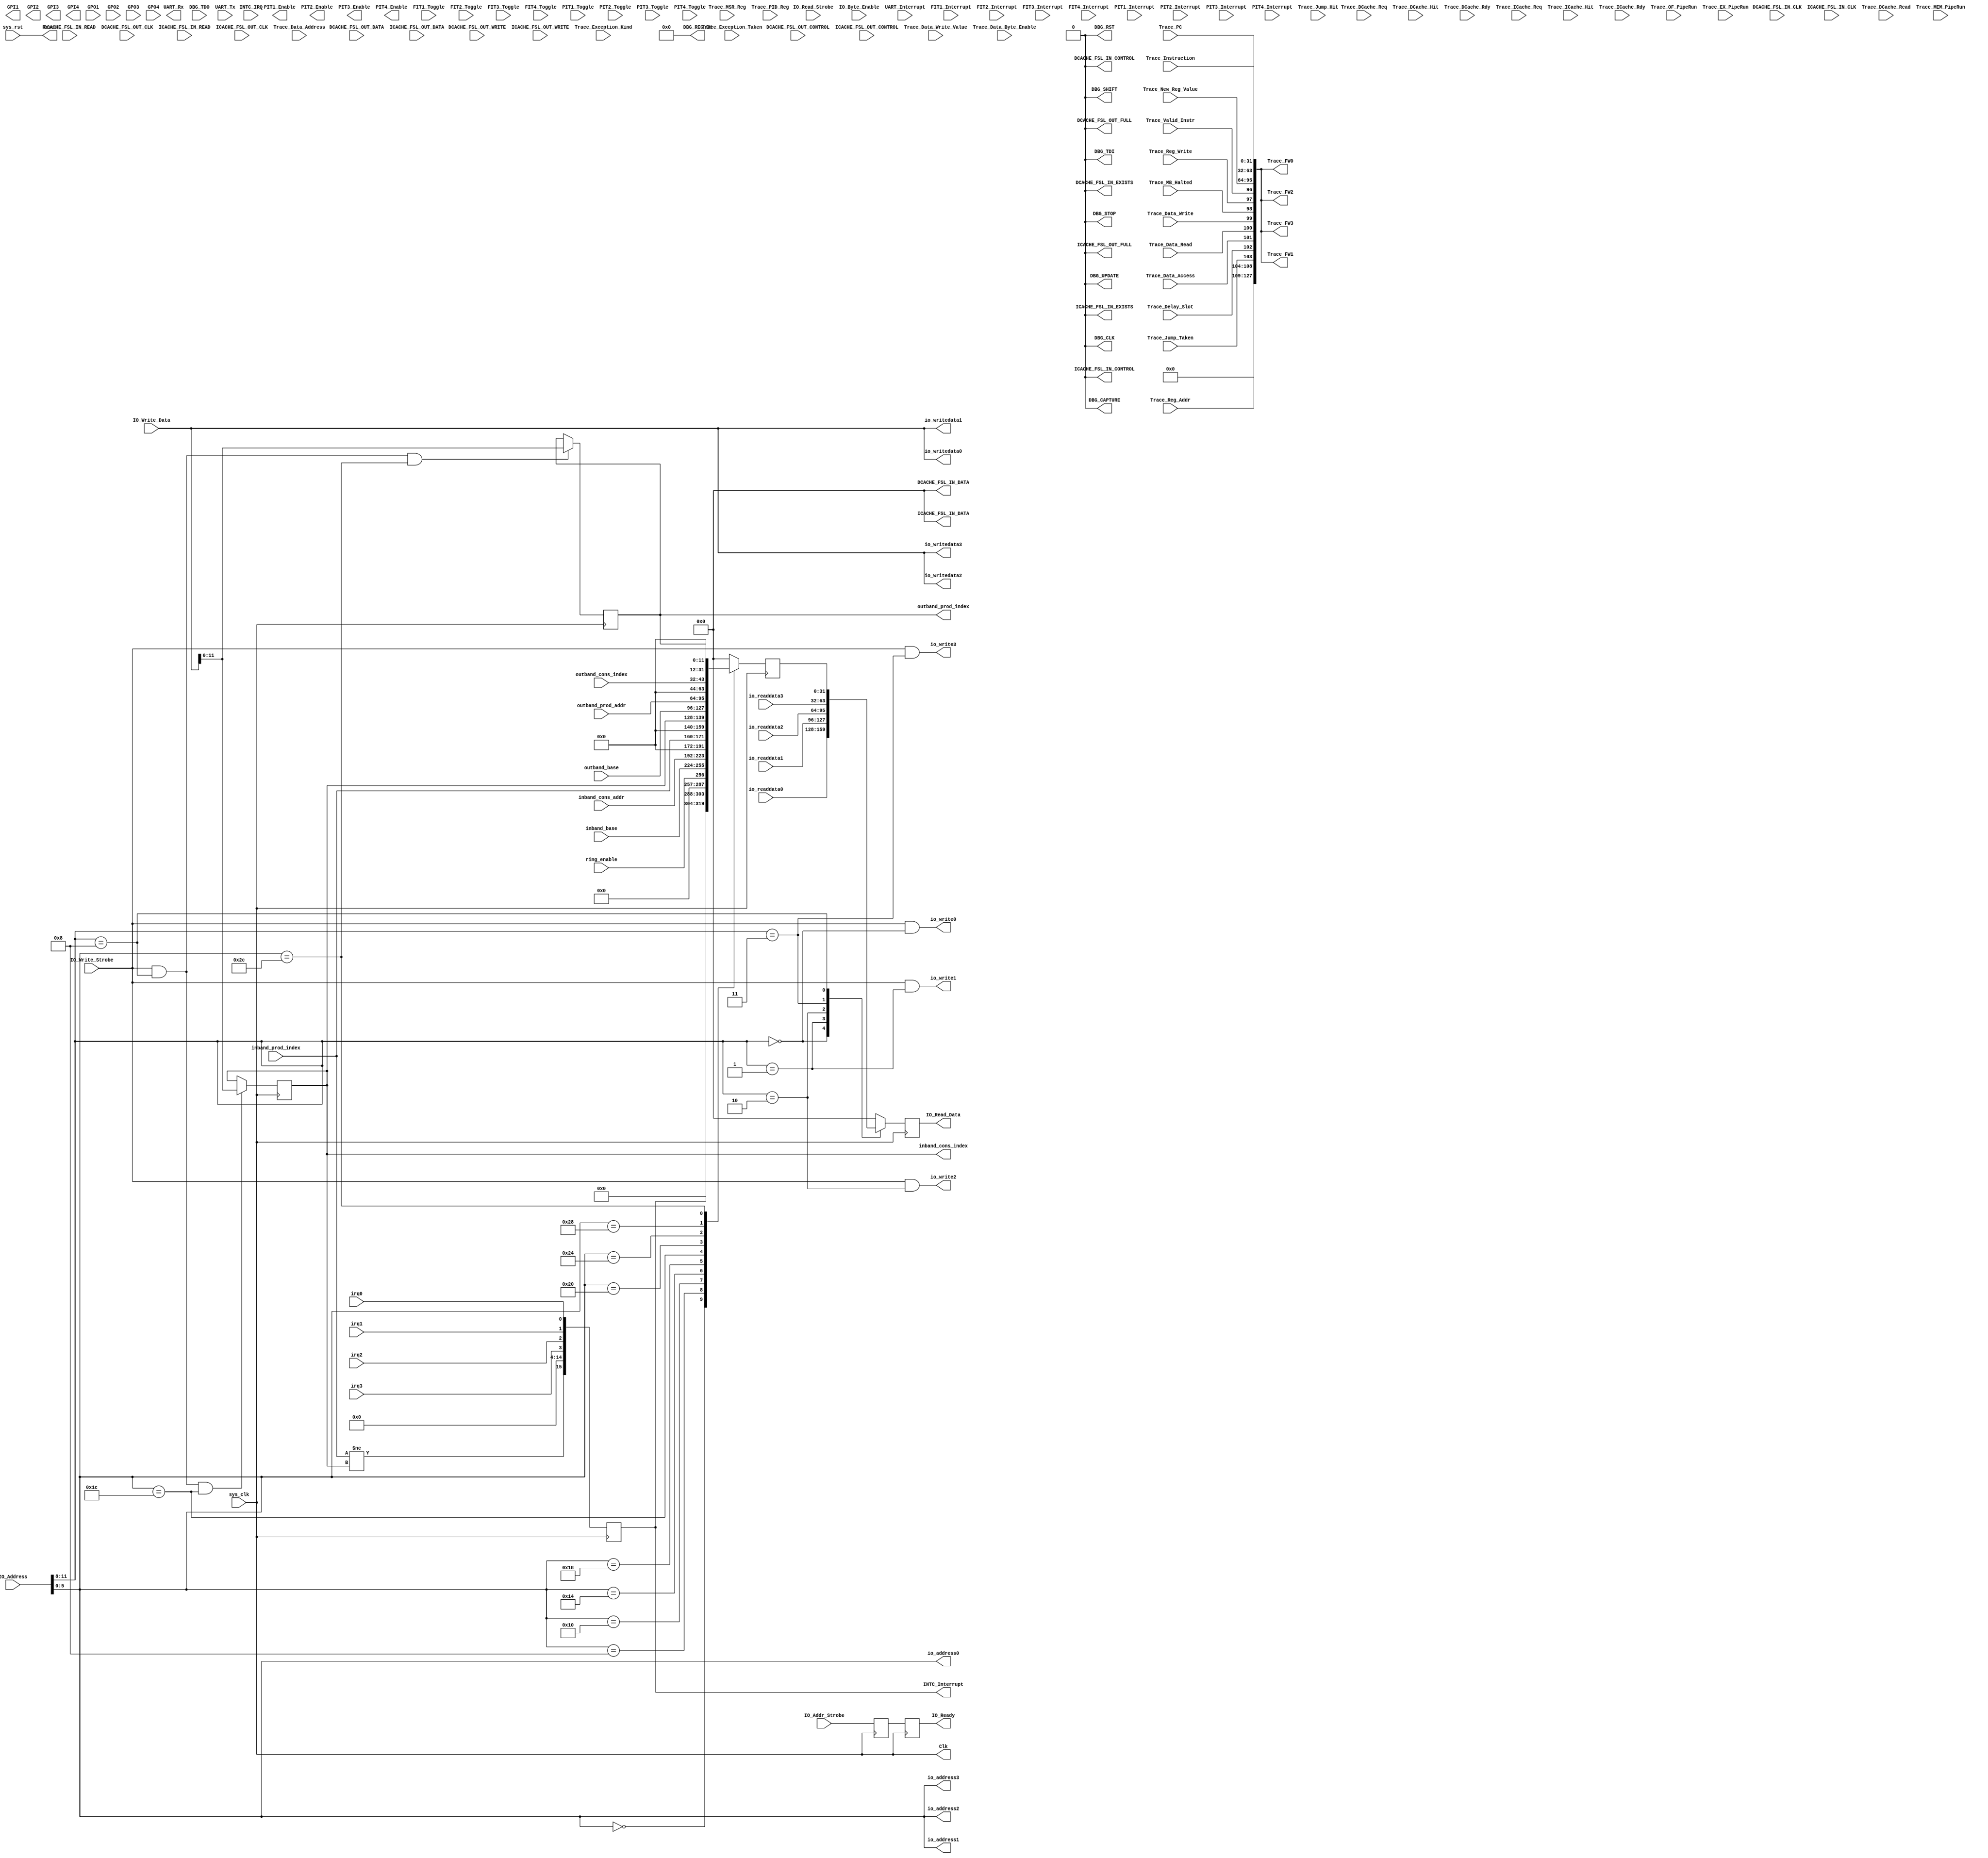
// hs_mb_io.v --- 
// 
// Description: 
// Maintainer: 
// Version: 
// Last-Updated: 
//           By: 
//     Update #: 0
// URL: 
// Keywords: 
// Compatibility: 
// 
// 

// Commentary: 
// 
// 
// 
// 

// Change log:
// 
// 
// 

// Copyright (C) 2008,2009 Beijing Soul tech.
// -------------------------------------
// Naming Conventions:
// 	active low signals                 : "*_n"
// 	clock signals                      : "clk", "clk_div#", "clk_#x"
// 	reset signals                      : "rst", "rst_n"
// 	generics                           : "C_*"
// 	user defined types                 : "*_TYPE"
// 	state machine next state           : "*_ns"
// 	state machine current state        : "*_cs"
// 	combinatorial signals              : "*_com"
// 	pipelined or register delay signals: "*_d#"
// 	counter signals                    : "*cnt*"
// 	clock enable signals               : "*_ce"
// 	internal version of output port    : "*_i"
// 	device pins                        : "*_pin"
// 	ports                              : - Names begin with Uppercase
// Code:
module hs_mb_io (/*AUTOARG*/
   // Outputs
   DBG_CAPTURE, DBG_CLK, DBG_REG_EN, DBG_RST, DBG_SHIFT, DBG_TDI,
   DBG_UPDATE, DBG_STOP, DCACHE_FSL_IN_DATA, DCACHE_FSL_IN_CONTROL,
   DCACHE_FSL_IN_EXISTS, DCACHE_FSL_OUT_FULL, ICACHE_FSL_IN_DATA,
   ICACHE_FSL_IN_CONTROL, ICACHE_FSL_IN_EXISTS, ICACHE_FSL_OUT_FULL,
   IO_Read_Data, IO_Ready, GPI1, GPI2, GPI3, GPI4, INTC_Interrupt,
   UART_Rx, PIT1_Enable, PIT2_Enable, PIT3_Enable, PIT4_Enable, Clk,
   Reset, io_address0, io_address1, io_address2, io_address3,
   io_write0, io_write1, io_write2, io_write3, io_writedata0,
   io_writedata1, io_writedata2, io_writedata3, inband_cons_index,
   outband_prod_index, Trace_FW0, Trace_FW1, Trace_FW2, Trace_FW3,
   // Inputs
   DBG_TDO, DCACHE_FSL_IN_CLK, DCACHE_FSL_IN_READ, DCACHE_FSL_OUT_CLK,
   DCACHE_FSL_OUT_WRITE, DCACHE_FSL_OUT_DATA, DCACHE_FSL_OUT_CONTROL,
   ICACHE_FSL_IN_CLK, ICACHE_FSL_IN_READ, ICACHE_FSL_OUT_CLK,
   ICACHE_FSL_OUT_WRITE, ICACHE_FSL_OUT_DATA, ICACHE_FSL_OUT_CONTROL,
   IO_Addr_Strobe, IO_Read_Strobe, IO_Write_Strobe, IO_Address,
   IO_Byte_Enable, IO_Write_Data, GPO1, GPO2, GPO3, GPO4, INTC_IRQ,
   UART_Tx, UART_Interrupt, FIT1_Interrupt, FIT1_Toggle,
   FIT2_Interrupt, FIT2_Toggle, FIT3_Interrupt, FIT3_Toggle,
   FIT4_Interrupt, FIT4_Toggle, PIT1_Interrupt, PIT1_Toggle,
   PIT2_Interrupt, PIT2_Toggle, PIT3_Interrupt, PIT3_Toggle,
   PIT4_Interrupt, PIT4_Toggle, Trace_Instruction, Trace_Valid_Instr,
   Trace_PC, Trace_Reg_Write, Trace_Reg_Addr, Trace_MSR_Reg,
   Trace_PID_Reg, Trace_New_Reg_Value, Trace_Exception_Taken,
   Trace_Exception_Kind, Trace_Jump_Taken, Trace_Delay_Slot,
   Trace_Data_Address, Trace_Data_Access, Trace_Data_Read,
   Trace_Data_Write, Trace_Data_Write_Value, Trace_Data_Byte_Enable,
   Trace_DCache_Req, Trace_DCache_Hit, Trace_DCache_Rdy,
   Trace_DCache_Read, Trace_ICache_Req, Trace_ICache_Hit,
   Trace_ICache_Rdy, Trace_OF_PipeRun, Trace_EX_PipeRun,
   Trace_MEM_PipeRun, Trace_MB_Halted, Trace_Jump_Hit, sys_clk,
   sys_rst, io_readdata0, io_readdata1, io_readdata2, io_readdata3,
   irq0, irq1, irq2, irq3, inband_base, inband_cons_addr,
   inband_prod_index, outband_base, outband_prod_addr,
   outband_cons_index, ring_enable
   );
   parameter C_FAMILY = "virtex5";
   parameter C_XDEVICE = "xc5vlx50t";
   parameter C_XPACKAGE = "ff1136";
   parameter C_XSPEEDGRADE = "-1";
   parameter C_MICROBLAZE_INSTANCE = "microblaze_0";
   parameter C_PATH = "mb/U0";
   parameter C_FREQ = 100000000;
   
   parameter C_DEBUG_ENABLED = 1;
   parameter C_TRACE = 1;
   
   parameter C_USE_IO_BUS = 1;
   
   parameter C_USE_UART_RX = 1;
   parameter C_USE_UART_TX = 1;
   parameter C_UART_BAUDRATE = 115200;
   parameter C_UART_DATA_BITS = 8;
   parameter C_UART_USE_PARITY = 0;
   parameter C_UART_ODD_PARITY = 0;
   parameter C_UART_RX_INTERRUPT = 0;
   parameter C_UART_TX_INTERRUPT = 0;
   parameter C_UART_ERROR_INTERRUPT = 0;
   
   parameter C_USE_FIT1 = 0;
   parameter C_FIT1_No_CLOCKS = 6216;
   parameter C_FIT1_INTERRUPT = 0;
   parameter C_USE_FIT2 = 0;
   parameter C_FIT2_No_CLOCKS = 6216;
   parameter C_FIT2_INTERRUPT = 0;
   parameter C_USE_FIT3 = 0;
   parameter C_FIT3_No_CLOCKS = 6216;
   parameter C_FIT3_INTERRUPT = 0;
   parameter C_USE_FIT4 = 0;
   parameter C_FIT4_No_CLOCKS = 6216;
   parameter C_FIT4_INTERRUPT = 0;
   parameter C_USE_PIT1 = 0;
   parameter C_PIT1_SIZE = 32;
   parameter C_PIT1_READABLE = 1;
   parameter C_PIT1_PRESCALER = 0;
   parameter C_PIT1_INTERRUPT = 0;
   parameter C_USE_PIT2 = 0;
   parameter C_PIT2_SIZE = 32;
   parameter C_PIT2_READABLE = 1; 
   parameter C_PIT2_PRESCALER = 0;
   parameter C_PIT2_INTERRUPT = 0;
   parameter C_USE_PIT3 = 0;
   parameter C_PIT3_SIZE = 32;
   parameter C_PIT3_READABLE = 1;
   parameter C_PIT3_PRESCALER = 0;
   parameter C_PIT3_INTERRUPT = 0;
   parameter C_USE_PIT4 = 0;
   parameter C_PIT4_SIZE = 32;
   parameter C_PIT4_READABLE = 1;
   parameter C_PIT4_PRESCALER = 0;
   parameter C_PIT4_INTERRUPT = 0;
   
   parameter C_USE_GPO1 = 0;
   parameter C_GPO1_SIZE = 32;
   parameter[31:0] C_GPO1_INIT = 0;
   parameter C_USE_GPO2 = 0;
   parameter C_GPO2_SIZE = 32;
   parameter[31:0] C_GPO2_INIT = 0;
   parameter C_USE_GPO3 = 0;
   parameter C_GPO3_SIZE = 32;
   parameter[31:0] C_GPO3_INIT = 0;
   parameter C_USE_GPO4 = 0;
   parameter C_GPO4_SIZE = 32;
   parameter[31:0] C_GPO4_INIT = 0;
   parameter C_USE_GPI1 = 0;
   parameter C_GPI1_SIZE = 32;
   parameter C_USE_GPI2 = 0;
   parameter C_GPI2_SIZE = 32;
   parameter C_USE_GPI3 = 0;
   parameter C_GPI3_SIZE = 32;
   parameter C_USE_GPI4 = 0;
   parameter C_GPI4_SIZE = 32;
   
   parameter C_INTC_USE_EXT_INTR = 0;
   parameter C_INTC_INTR_SIZE = 16;
   parameter[15:0] C_INTC_LEVEL_EDGE = 16'h0000;
   parameter[15:0] C_INTC_POSITIVE = 16'hffff;
   
   input sys_clk;
   input sys_rst;
   
   output Clk;
   output Reset;

   /*AUTOINOUTCOMP("microblaze_mcs", "^Trace")*/
   // Beginning of automatic in/out/inouts (from specific module)
   input [0:31]		Trace_Instruction;
   input		Trace_Valid_Instr;
   input [0:31]		Trace_PC;
   input		Trace_Reg_Write;
   input [0:4]		Trace_Reg_Addr;
   input [0:14]		Trace_MSR_Reg;
   input [0:7]		Trace_PID_Reg;
   input [0:31]		Trace_New_Reg_Value;
   input		Trace_Exception_Taken;
   input [0:4]		Trace_Exception_Kind;
   input		Trace_Jump_Taken;
   input		Trace_Delay_Slot;
   input [0:31]		Trace_Data_Address;
   input		Trace_Data_Access;
   input		Trace_Data_Read;
   input		Trace_Data_Write;
   input [0:31]		Trace_Data_Write_Value;
   input [0:3]		Trace_Data_Byte_Enable;
   input		Trace_DCache_Req;
   input		Trace_DCache_Hit;
   input		Trace_DCache_Rdy;
   input		Trace_DCache_Read;
   input		Trace_ICache_Req;
   input		Trace_ICache_Hit;
   input		Trace_ICache_Rdy;
   input		Trace_OF_PipeRun;
   input		Trace_EX_PipeRun;
   input		Trace_MEM_PipeRun;
   input		Trace_MB_Halted;
   input		Trace_Jump_Hit;
   // End of automatics
   /*AUTOINOUTCOMP("microblaze_mcs", "^PIT")*/
   // Beginning of automatic in/out/inouts (from specific module)
   output		PIT1_Enable;
   output		PIT2_Enable;
   output		PIT3_Enable;
   output		PIT4_Enable;
   input		PIT1_Interrupt;
   input		PIT1_Toggle;
   input		PIT2_Interrupt;
   input		PIT2_Toggle;
   input		PIT3_Interrupt;
   input		PIT3_Toggle;
   input		PIT4_Interrupt;
   input		PIT4_Toggle;
   // End of automatics
   /*AUTOINOUTCOMP("microblaze_mcs", "^FIT")*/
   // Beginning of automatic in/out/inouts (from specific module)
   input		FIT1_Interrupt;
   input		FIT1_Toggle;
   input		FIT2_Interrupt;
   input		FIT2_Toggle;
   input		FIT3_Interrupt;
   input		FIT3_Toggle;
   input		FIT4_Interrupt;
   input		FIT4_Toggle;
   // End of automatics
   /*AUTOINOUTCOMP("microblaze_mcs", "^UART")*/
   // Beginning of automatic in/out/inouts (from specific module)
   output		UART_Rx;
   input		UART_Tx;
   input		UART_Interrupt;
   // End of automatics
   /*AUTOINOUTCOMP("microblaze_mcs", "^INTC")*/
   // Beginning of automatic in/out/inouts (from specific module)
   output [C_INTC_INTR_SIZE-1:0] INTC_Interrupt;
   input		INTC_IRQ;
   // End of automatics
   /*AUTOINOUTCOMP("microblaze_mcs", "^GP")*/
   // Beginning of automatic in/out/inouts (from specific module)
   output [C_GPI1_SIZE-1:0] GPI1;
   output [C_GPI2_SIZE-1:0] GPI2;
   output [C_GPI3_SIZE-1:0] GPI3;
   output [C_GPI4_SIZE-1:0] GPI4;
   input [C_GPO1_SIZE-1:0] GPO1;
   input [C_GPO2_SIZE-1:0] GPO2;
   input [C_GPO3_SIZE-1:0] GPO3;
   input [C_GPO4_SIZE-1:0] GPO4;
   // End of automatics
   
   /*AUTOINOUTCOMP("microblaze_mcs", "^IO")*/
   // Beginning of automatic in/out/inouts (from specific module)
   output [31:0]	IO_Read_Data;
   output		IO_Ready;
   input		IO_Addr_Strobe;
   input		IO_Read_Strobe;
   input		IO_Write_Strobe;
   input [31:0]		IO_Address;
   input [3:0]		IO_Byte_Enable;
   input [31:0]		IO_Write_Data;
   // End of automatics

   /*AUTOINOUTCOMP("microblaze_mcs", "^ICACHE")*/
   // Beginning of automatic in/out/inouts (from specific module)
   output [0:31]	ICACHE_FSL_IN_DATA;
   output		ICACHE_FSL_IN_CONTROL;
   output		ICACHE_FSL_IN_EXISTS;
   output		ICACHE_FSL_OUT_FULL;
   input		ICACHE_FSL_IN_CLK;
   input		ICACHE_FSL_IN_READ;
   input		ICACHE_FSL_OUT_CLK;
   input		ICACHE_FSL_OUT_WRITE;
   input [0:31]		ICACHE_FSL_OUT_DATA;
   input		ICACHE_FSL_OUT_CONTROL;
   // End of automatics
   /*AUTOINOUTCOMP("microblaze_mcs", "^DCACHE")*/
   // Beginning of automatic in/out/inouts (from specific module)
   output [0:31]	DCACHE_FSL_IN_DATA;
   output		DCACHE_FSL_IN_CONTROL;
   output		DCACHE_FSL_IN_EXISTS;
   output		DCACHE_FSL_OUT_FULL;
   input		DCACHE_FSL_IN_CLK;
   input		DCACHE_FSL_IN_READ;
   input		DCACHE_FSL_OUT_CLK;
   input		DCACHE_FSL_OUT_WRITE;
   input [0:31]		DCACHE_FSL_OUT_DATA;
   input		DCACHE_FSL_OUT_CONTROL;
   // End of automatics
   /*AUTOINOUTCOMP("microblaze_mcs", "^DBG_")*/
   // Beginning of automatic in/out/inouts (from specific module)
   output		DBG_CAPTURE;
   output		DBG_CLK;
   output [0:7]		DBG_REG_EN;
   output		DBG_RST;
   output		DBG_SHIFT;
   output		DBG_TDI;
   output		DBG_UPDATE;
   output		DBG_STOP;
   input		DBG_TDO;
   // End of automatics
   
   output [5:0]		io_address0;
   output [5:0]		io_address1;
   output [5:0]		io_address2;
   output [5:0]		io_address3;
   output		io_write0;
   output		io_write1;
   output		io_write2;
   output		io_write3;
   output [31:0]	io_writedata0;
   output [31:0]	io_writedata1;
   output [31:0]	io_writedata2;
   output [31:0]	io_writedata3;
   input [31:0]		io_readdata0;
   input [31:0]		io_readdata1;
   input [31:0]		io_readdata2;
   input [31:0]		io_readdata3;
   input 		irq0;
   input 		irq1;
   input 		irq2;
   input 		irq3;
   
   input [31:0] 	inband_base;
   input [31:0] 	inband_cons_addr;
   input [11:0] 	inband_prod_index;
   output [11:0] 	inband_cons_index;
   
   input [31:0] 	outband_base;
   input [31:0] 	outband_prod_addr;
   input [11:0] 	outband_cons_index;
   output [11:0] 	outband_prod_index;

   input 		ring_enable;
   output [127:0] 	Trace_FW0;
   output [127:0] 	Trace_FW1;
   output [127:0] 	Trace_FW2;
   output [127:0] 	Trace_FW3;
   /**********************************************************************/
   /*AUTOREG*/
   // Beginning of automatic regs (for this module's undeclared outputs)
   reg [C_GPI1_SIZE-1:0] GPI1;
   reg [C_GPI2_SIZE-1:0] GPI2;
   reg [C_GPI3_SIZE-1:0] GPI3;
   reg [C_GPI4_SIZE-1:0] GPI4;
   reg [31:0]		IO_Read_Data;
   reg			IO_Ready;
   reg			PIT1_Enable;
   reg			PIT2_Enable;
   reg			PIT3_Enable;
   reg			PIT4_Enable;
   reg			UART_Rx;
   reg [11:0]		inband_cons_index;
   reg [11:0]		outband_prod_index;
   // End of automatics
   /**********************************************************************/
   wire [31:0] 		io_writedata8;
   reg [31:0] 		io_readdata8;   
   wire 		io_write8;
   wire [5:0] 		io_address8;
   // 0xa0000000 dma0
   // 0xa0000100 dma1
   // 0xa0000200 dma2
   // 0xa0000300 dma3
   // 0xa0000800 ctrl
   reg [31:0] 		IO_Read_Data_i;
   reg [1:0] 		IO_stb;
   always @(posedge sys_clk)
     begin
	IO_Read_Data <= #1 IO_Read_Data_i;
	IO_stb[0]    <= #1 IO_Addr_Strobe;
	IO_stb[1]    <= #1 IO_stb[0];
	IO_Ready     <= #1 IO_stb[0];
     end
   assign io_address0   = IO_Address;
   assign io_address1   = IO_Address;
   assign io_address2   = IO_Address;
   assign io_address3   = IO_Address;
   assign io_address8   = IO_Address;
   assign io_writedata0 = IO_Write_Data;
   assign io_writedata1 = IO_Write_Data;
   assign io_writedata2 = IO_Write_Data;
   assign io_writedata3 = IO_Write_Data;
   assign io_writedata8 = IO_Write_Data;
   assign io_write0     = |IO_Write_Strobe && IO_Address[11:8] == 0;
   assign io_write1     = |IO_Write_Strobe && IO_Address[11:8] == 1;
   assign io_write2     = |IO_Write_Strobe && IO_Address[11:8] == 2;
   assign io_write3     = |IO_Write_Strobe && IO_Address[11:8] == 3;
   assign io_write8     = |IO_Write_Strobe && IO_Address[11:8] == 8;
   always @(*)
     begin
	IO_Read_Data_i = 32'h0;
	case (IO_Address[11:8])
	  4'h0: IO_Read_Data_i = io_readdata0;
	  4'h1: IO_Read_Data_i = io_readdata1;
	  4'h2: IO_Read_Data_i = io_readdata2;
	  4'h3: IO_Read_Data_i = io_readdata3;
	  4'h8: IO_Read_Data_i = io_readdata8;
	endcase
     end // always @ (*)
   /**********************************************************************/
   reg [15:0] irq;
   // 00: irqstat
   // 04: irqen
   // 10: inband base
   // 04: inband cons addr
   // 18: inband prod index
   // 1C: inband cons index
   // 20: outband base
   // 24: outband prod add
   // 28: outband cons index
   // 2C: outband prod index
   reg [31:0] readdata_i;
   always @(*)
   begin
      readdata_i = 32'h0;
      case (io_address8)
	6'h0:  readdata_i = irq;
	6'h8:  readdata_i = ring_enable;
	6'h10: readdata_i = inband_base;
	6'h14: readdata_i = inband_cons_addr;
	6'h18: readdata_i = inband_prod_index;
	6'h1C: readdata_i = inband_cons_index;
	6'h20: readdata_i = outband_base;
	6'h24: readdata_i = outband_prod_addr;
	6'h28: readdata_i = outband_cons_index;
	6'h2C: readdata_i = outband_prod_index;
      endcase
   end
   reg [31:0] dbg0;
   always @(posedge sys_clk)
     begin
	if (io_write8 && io_address8 == 6'h1C)
	  inband_cons_index <= #1 io_writedata8;
	if (io_write8 && io_address8 == 6'h2C)
	  outband_prod_index <= #1 io_writedata8;
	if (io_write8 && io_address8 == 6'h30)
	  dbg0 <= #1 io_writedata8;
     end
   always @(posedge sys_clk)
     begin
	irq[0]       <= #1 irq0;
	irq[1]       <= #1 irq1;
	irq[2]       <= #1 irq2;
	irq[3]       <= #1 irq3;
	irq[15]      <= #1 inband_prod_index != inband_cons_index;
	irq[14:4]    <= #1 0;
	io_readdata8 <= #1 readdata_i;
     end
   assign INTC_Interrupt = irq;
   /**********************************************************************/
   assign Clk   = sys_clk;
   assign Reset = sys_rst;
   /**********************************************************************/
   wire [127:0] Trace;
   assign Trace[31:0]   = Trace_Instruction;
   assign Trace[63:32]  = Trace_PC;
   assign Trace[95:64]  = Trace_New_Reg_Value;
   assign Trace[96]     = Trace_Valid_Instr;
   assign Trace[97]     = Trace_Reg_Write;
   assign Trace[98]     = Trace_MB_Halted;
   assign Trace[99]     = Trace_Data_Write;
   assign Trace[100]    = Trace_Data_Read;
   assign Trace[101]    = Trace_Data_Access;
   assign Trace[102]    = Trace_Delay_Slot;
   assign Trace[103]    = Trace_Jump_Taken;
   assign Trace[108:104]= Trace_Reg_Addr;
   assign Trace[127:109]= 0;

   assign Trace_FW0 = Trace;
   assign Trace_FW1 = Trace;
   assign Trace_FW2 = Trace;
   assign Trace_FW3 = Trace;
   /**********************************************************************/
   wire 	MB_started;
   wire 	MB_stopped;
   wire 	collect_in;
   wire 	trigger_in;
   wire 	include_data;
   assign MB_stopped = 0;
   assign trigger_in = 0;
   assign include_data = 0;
   /**********************************************************************/
   assign DCACHE_FSL_IN_CONTROL = 1'b0;
   assign DCACHE_FSL_IN_DATA    = 32'h0;
   assign DCACHE_FSL_IN_EXISTS  = 1'b0;
   assign DCACHE_FSL_OUT_FULL   = 1'b0;
   assign ICACHE_FSL_IN_CONTROL = 1'b0;
   assign ICACHE_FSL_IN_DATA    = 32'h0;
   assign ICACHE_FSL_IN_EXISTS  = 1'b0;
   assign ICACHE_FSL_OUT_FULL   = 1'b0;
   assign DBG_CAPTURE = 1'b0;
   assign DBG_CLK     = 1'b0;
   assign DBG_REG_EN  = 1'b0;
   assign DBG_RST     = 1'b0;
   assign DBG_SHIFT   = 1'b0;
   assign DBG_STOP    = 1'b0;
   assign DBG_TDI     = 1'b0;
   assign DBG_UPDATE  = 1'b0;
endmodule // hs_mb_io
// Local Variables:
// verilog-library-directories:("." "../../pcores/sata_v1_00_a/hdl/verilog" )
// verilog-library-files:(".")
// verilog-library-extensions:(".v" ".h")
// End:
// 
// hs_mb_io.v ends here